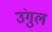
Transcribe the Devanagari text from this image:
उंगुल